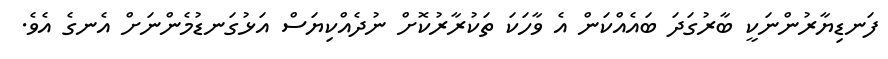
ފަނޑިޔާރުންނަކީ ބާރުގަދަ ބައެއްކަން އެ ވާހަކަ ތަކުރާރުކޮށް ނުދެއްކިޔަސް އަޅުގަނޑުމެންނަށް އެނގެ އެވެ.